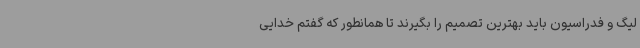
لیگ و فدراسیون باید بهترین تصمیم را بگیرند تا همانطور که گفتم خدایی